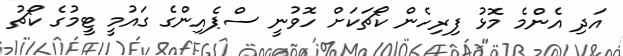
އަދި އެންމެ މޮޅު ފިރިހެން ކޯޗަކަށް ހޮވުނީ ސްޕެއިންގެ ގައުމީ ޓީމުގެ ކޯޗު